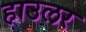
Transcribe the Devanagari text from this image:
हाउलर